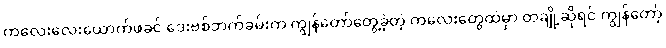
ကလေးလေးယောက်ဖခင် ဒေးဗစ်ဘက်ခမ်းက ကျွန်တော်တွေ့ခဲ့တဲ့ ကလေးတွေထဲမှာ တချို့ဆိုရင် ကျွန်တော့်